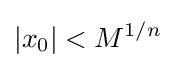
|x_{0}|<M^{1/n}